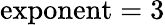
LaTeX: \mathrm{exponent}=3